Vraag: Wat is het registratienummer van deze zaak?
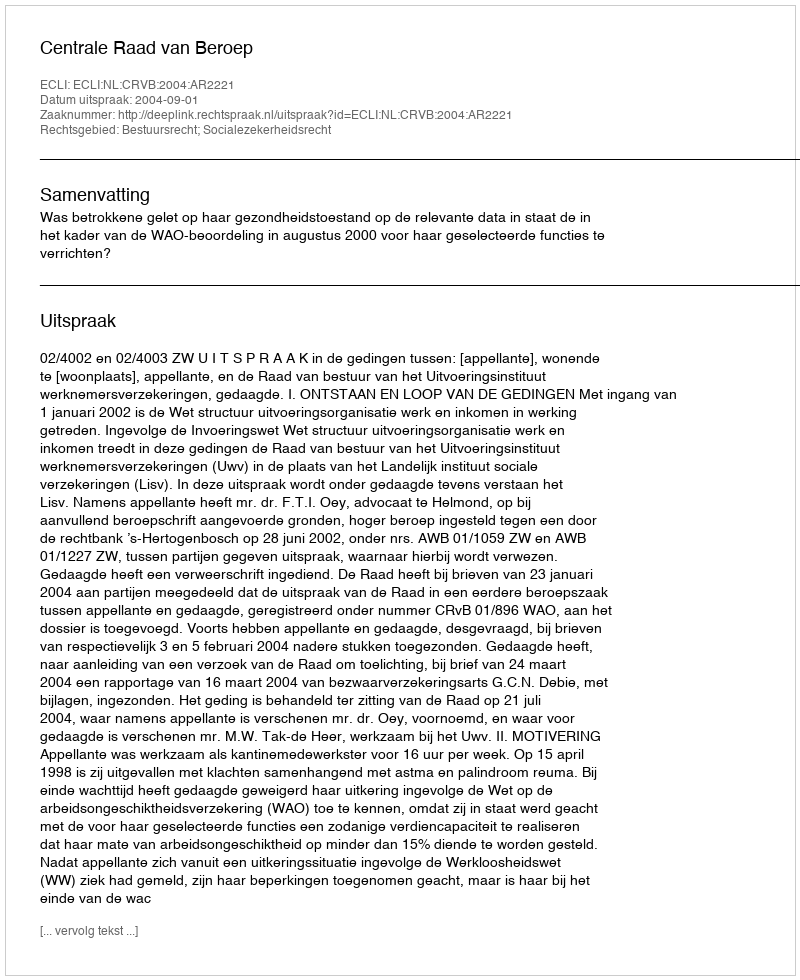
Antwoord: http://deeplink.rechtspraak.nl/uitspraak?id=ECLI:NL:CRVB:2004:AR2221